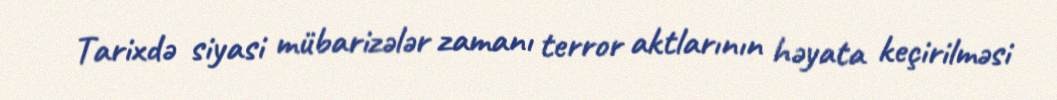
Tarixdə siyasi mübarizələr zamanı terror aktlarının həyata keçirilməsi